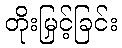
တိုးမြှင့်ခြင်း